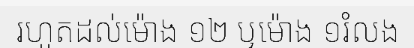
រហូតដល់ម៉ោង ១២ ឬម៉ោង ១រំលង